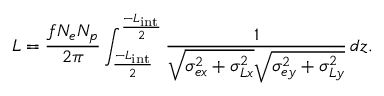
L = \frac { f N _ { e } N _ { p } } { 2 \pi } \int _ { \frac { - L _ { \mathrm { i n t } } } { 2 } } ^ { \frac { - L _ { \mathrm { i n t } } } { 2 } } \frac { 1 } { \sqrt { \sigma _ { e x } ^ { 2 } + \sigma _ { L x } ^ { 2 } } \sqrt { \sigma _ { e y } ^ { 2 } + \sigma _ { L y } ^ { 2 } } } \, d z .